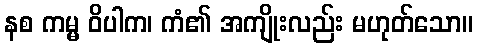
နစ ကမ္မ ဝိပါက၊ ကံ၏ အကျိုးလည်း မဟုတ်သော။